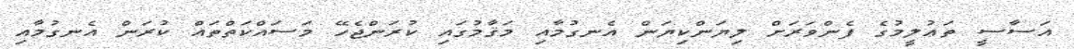
އަސާސީ ތަޢުލީމުގެ ފެންވަރަށް ލިޔަންކިޔަން އެނގުމާއި މަޤާމުގައި ކުރަންޖެހޭ މަސައްކަތްތައް ކުރަން އެނގުމާއި